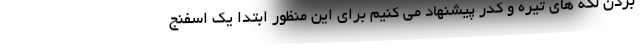
بردن لکه های تیره و کدر پیشنهاد می کنیم برای این منظور ابتدا یک اسفنج